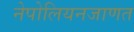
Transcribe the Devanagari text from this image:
नेपोलियनजाणत